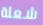
شعلة